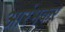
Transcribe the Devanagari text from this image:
आरंभकर